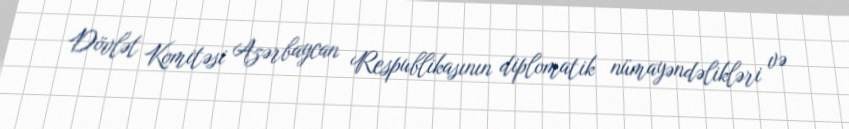
Dövlət Komitəsi Azərbaycan Respublikasının diplomatik nümayəndəlikləri və